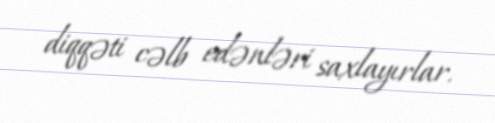
diqqəti cəlb edənləri saxlayırlar.